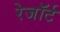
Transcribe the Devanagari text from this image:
रेजॉर्ट